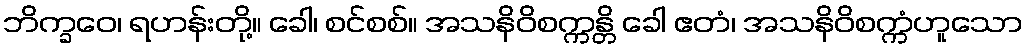
ဘိက္ခဝေ၊ ရဟန်းတို့။ ခေါ၊ စင်စစ်။ အသနိဝိစက္ကန္တိ ခေါ ဧတံ၊ အသနိဝိစက္ကံဟူသော